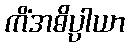
ကိံအဓိပ္ပါယာ